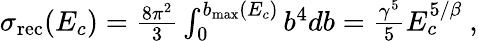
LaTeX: \begin{array}{r}{\sigma_{\mathrm{rec}}(E_{c})=\frac{8\pi^{2}}{3}\int_{0}^{b_{\mathrm{max}}(E_{c})}b^{4}db=\frac{\gamma^{5}}{5}E_{c}^{5/\beta}~,}\end{array}